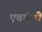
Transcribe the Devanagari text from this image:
एचांबडी